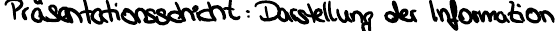
Präsentationsschicht: Darstellung der Information